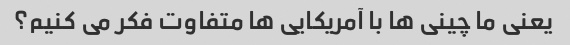
یعنی ما چینی ها با آمریکایی ها متفاوت فکر می کنیم؟